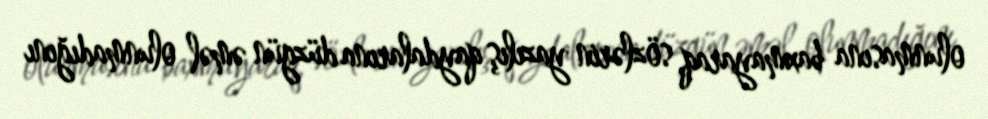
olunmasına baxmayaraq, sözlərin yazılış qaydalarına düzgün əməl olunmadığını